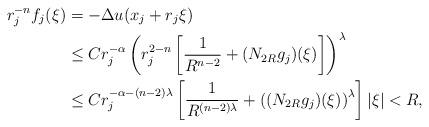
LaTeX: \begin{align*} r^{-n}_{j}f_j (\xi)&=-\Delta u(x_j +r_j \xi)\\ &\leq Cr^{-\alpha}_{j} \left( r^{2-n}_{j} \left[ \frac{1}{R^{n-2}} +(N_{2R} g_j )(\xi) \right] \right)^\lambda\\ &\leq Cr^{-\alpha-(n-2)\lambda}_{j} \left[ \frac{1}{R^{(n-2)\lambda}} +\left( (N_{2R} g_j)(\xi)\right)^\lambda \right] |\xi|<R, \end{align*}